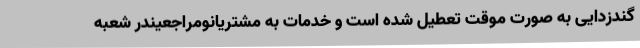
گندزدایی به صورت موقت تعطیل شده است و خدمات به مشتریانومراجعیندر شعبه